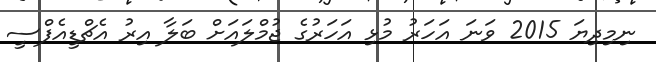
ނިމިދިޔަ 2015 ވަނަ އަހަރު މުޅި އަހަރުގެ ޖުމްލައަށް ބަލާ އިރު އެޗްޑީއެފްސީ